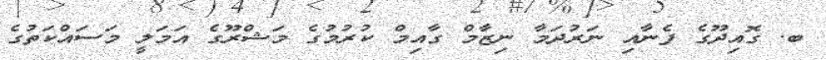
ބ. ގޮއިދޫގެ ފެނާއި ނަރުދަމާ ނިޒާމް ގާއިމް ކުރުމުގެ މަޝްރޫގެ އަމަލީ މަސައްކަތުގެ